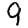
Digit: 9